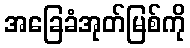
အခြေခံအုတ်မြစ်ကို